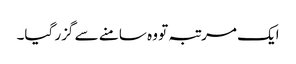
ایک مرتبہ تو وہ سامنے سے گزر گیا۔